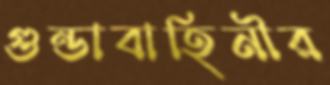
গুন্ডাবাহিনীর